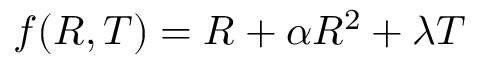
f ( R , T ) = R + \alpha R ^ { 2 } + \lambda T